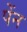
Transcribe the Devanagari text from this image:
पेंन